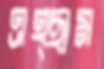
এহ্ছাম